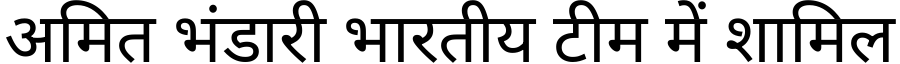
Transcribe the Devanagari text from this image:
अमित भंडारी भारतीय टीम में शामिल